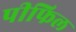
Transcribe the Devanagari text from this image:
पीफिल